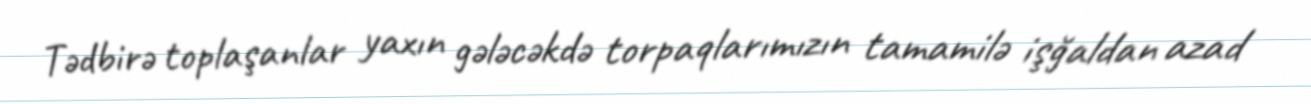
Tədbirə toplaşanlar yaxın gələcəkdə torpaqlarımızın tamamilə işğaldan azad